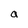
Character: a